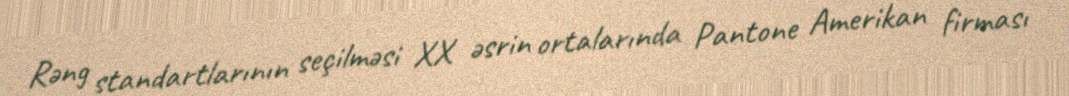
Rəng standartlarının seçilməsi XX əsrin ortalarında Pantone Amerikan firması